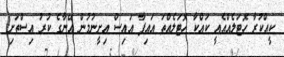
ކީއްކުރާ ހޮޓަލެއްއެއީ ކައްކާ ހޮޓަލެއްތަ އައިފާ އައިސް އިށީނުމުން އޭނާގެ ކުރު އިސްތަށި